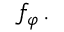
f _ { \varphi } \, .